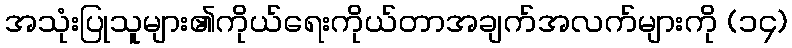
အသုံးပြုသူများ၏ကိုယ်ရေးကိုယ်တာအချက်အလက်များကို (၁၄)